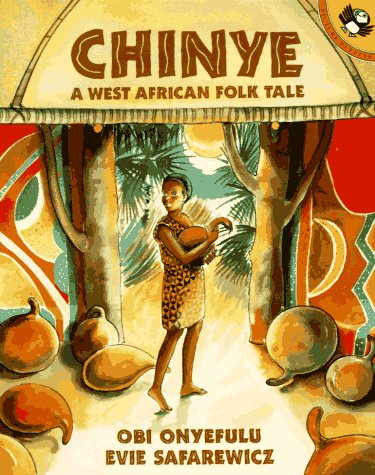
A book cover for Chinye: A West African Folk Tale (Picture Puffins); Obi Onyefulu; Children's Books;